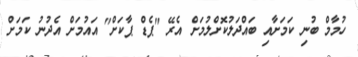
ހުމާމް ބުނި ކަމަށާއި ބައްދަލުކޮށްލުމަށް އެރޭ "ޕެޑް ޕާކަށް" އައުމަށް އެދުނު ކަމަށް